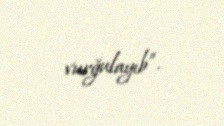
vurğulayıb”.